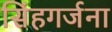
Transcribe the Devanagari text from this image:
सिंहगर्जना